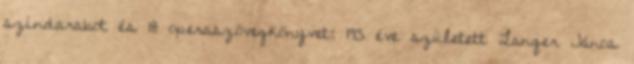
színdarabot és 18 operaszövegkönyvet; 195 éve született Langer János